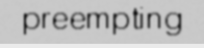
preempting